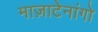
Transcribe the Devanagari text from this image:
माज़ाटेनांगो